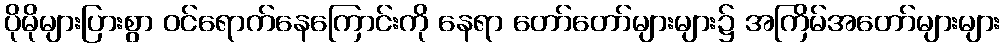
ပိုမိုများပြားစွာ ဝင်ရောက်နေကြောင်းကို နေရာ တော်တော်များများ၌ အကြိမ်အတော်များများ